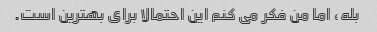
بله، اما من فکر می کنم این احتمالا برای بهترین است.